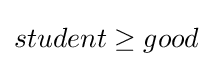
student\geq good